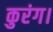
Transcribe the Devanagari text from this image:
कुरंग।